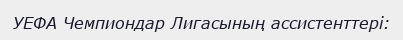
УЕФА Чемпиондар Лигасының ассистенттері: